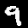
Digit: 9